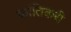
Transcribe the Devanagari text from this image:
क्रांतिकरी